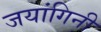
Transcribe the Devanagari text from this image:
जयांगिनी